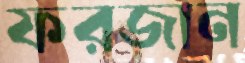
ফরজান